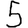
Digit: 5